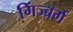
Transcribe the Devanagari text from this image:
गिंज्बर्ग